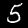
Label: 5